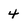
Character: 4